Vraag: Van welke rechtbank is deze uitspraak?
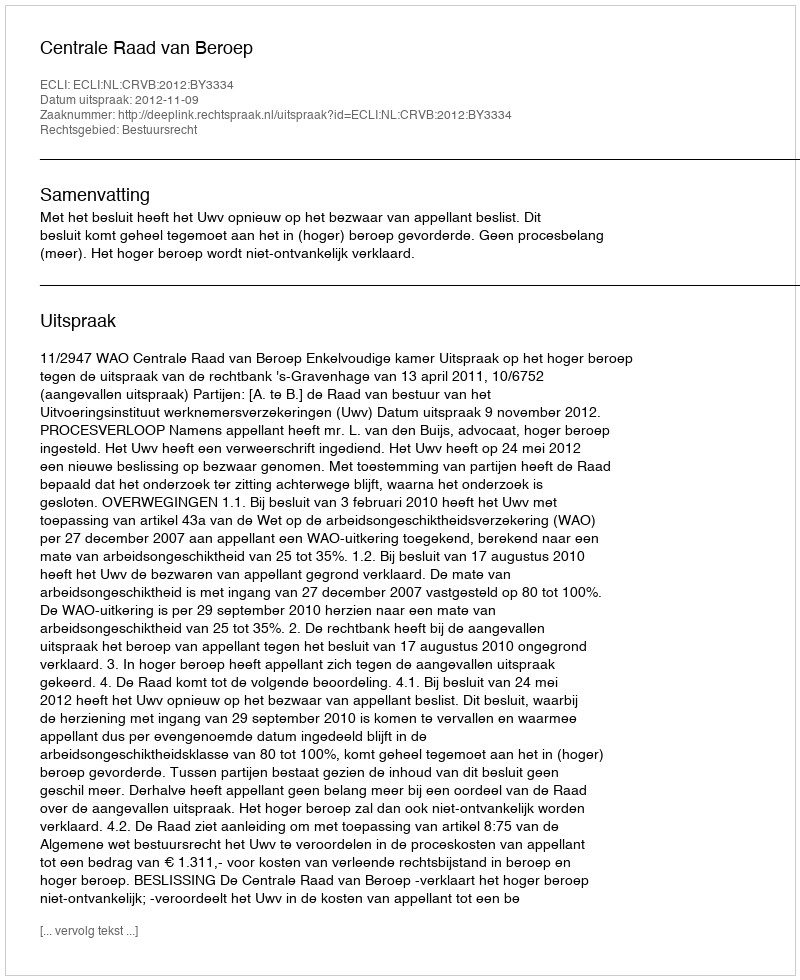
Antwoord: Centrale Raad van Beroep